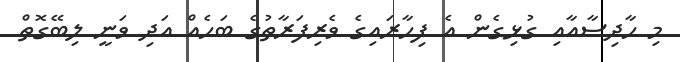
މި ހާދިސާއާއި ގުޅިގެން އެ ފިހާރައިގެ ވެރިފަރާތުގެ ބަހެއް އަދި ވަނީ ލިބޭގޮތް